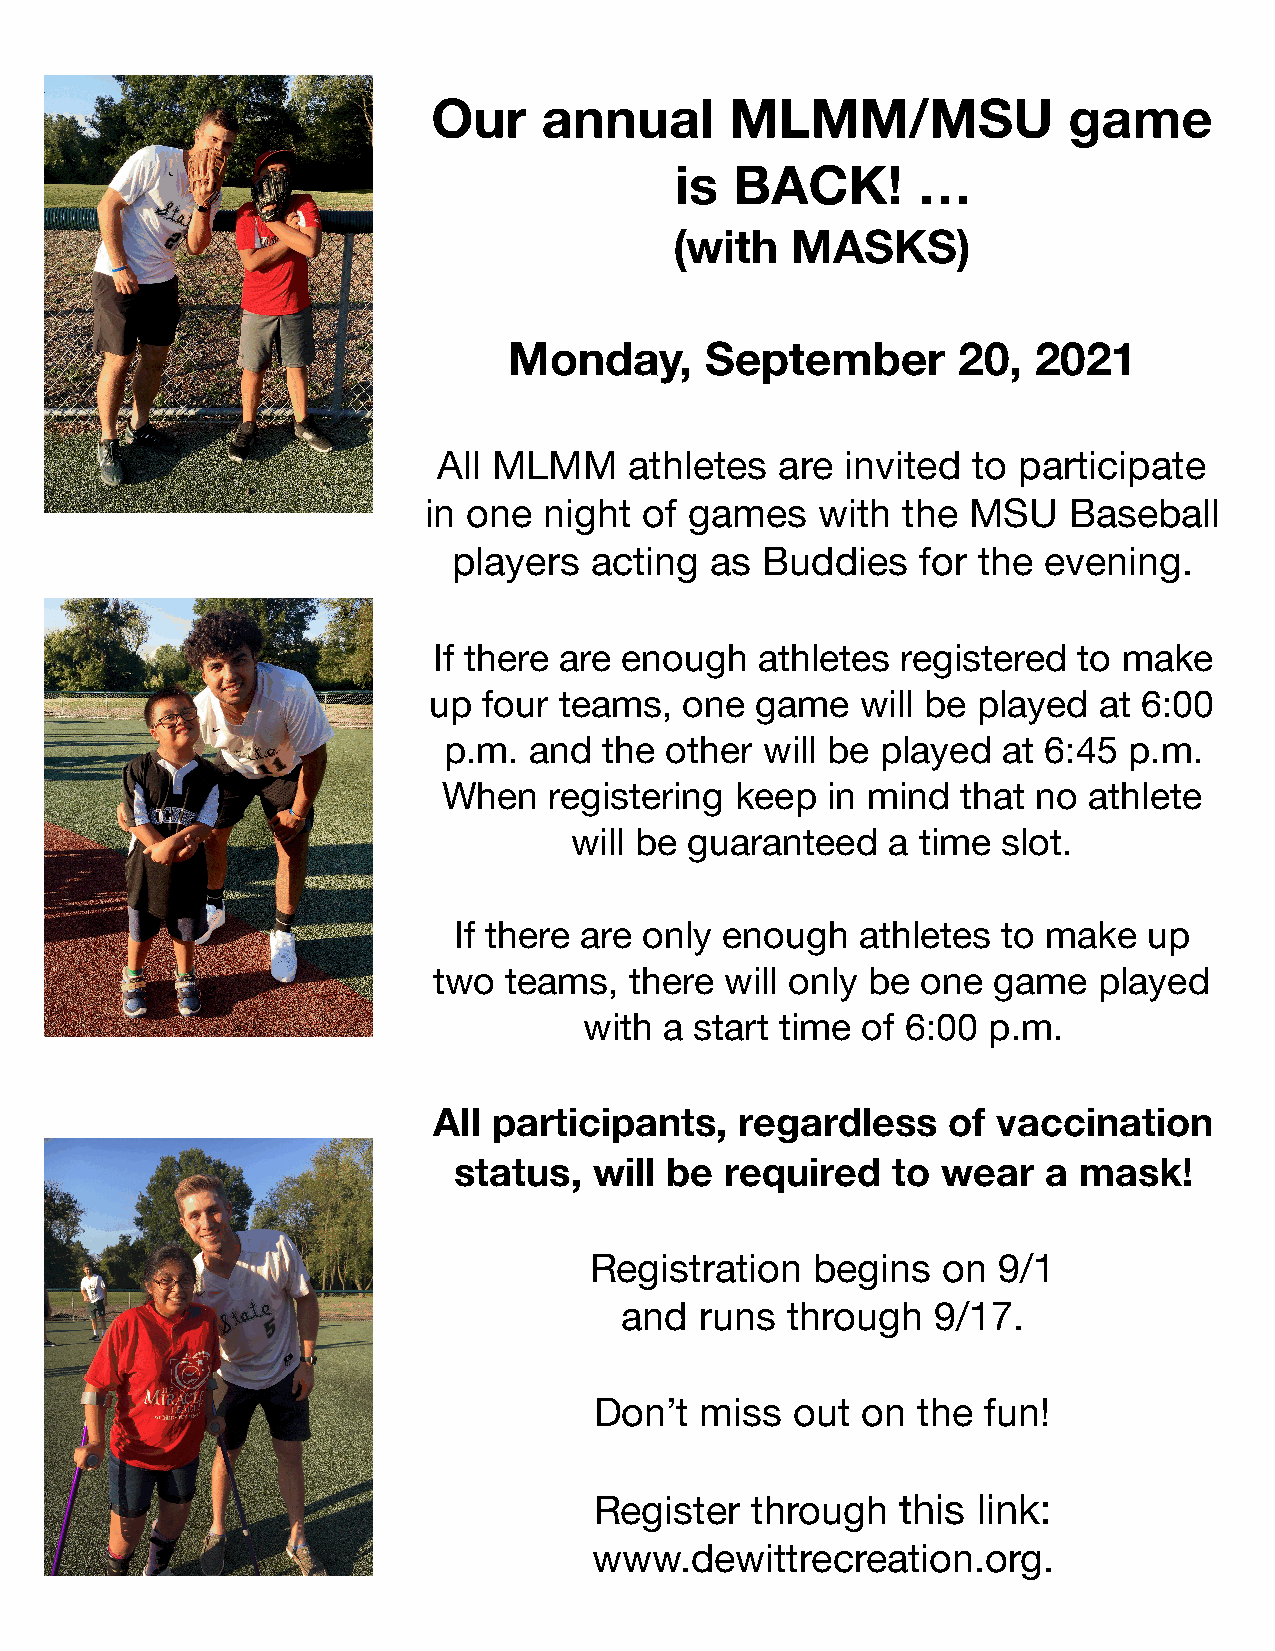
Our    annual      MLMM/MSU               game
 is  BACK!       …
 (with  MASKS)
 Monday,      September       20,   2021
 All MLMM     athletes  are invited to participate
 in one  night  of games   with  the MSU    Baseball
 players  acting  as Buddies    for the evening.
 If there are enough  athletes  registered to make
 up  four teams,  one  game   will be played  at 6:00
 p.m.  and  the other  will be played at 6:45  p.m.
 When   registering  keep  in mind  that no athlete
 will be guaranteed   a time slot.
 If there are only enough   athletes to make   up
 two teams,   there will only be one  game   played
 with a start time of 6:00 p.m.
 All participants,   regardless    of vaccination
 status,  will be  required   to wear   a mask!
 Registration   begins  on  9/1
 and  runs  through   9/17.
 Don’t  miss   out on  the fun!
 Register   through   this link:
 www.dewittrecreation.org.